Medical and sanitary report on the native army of Bombay for the year
Year: 1878
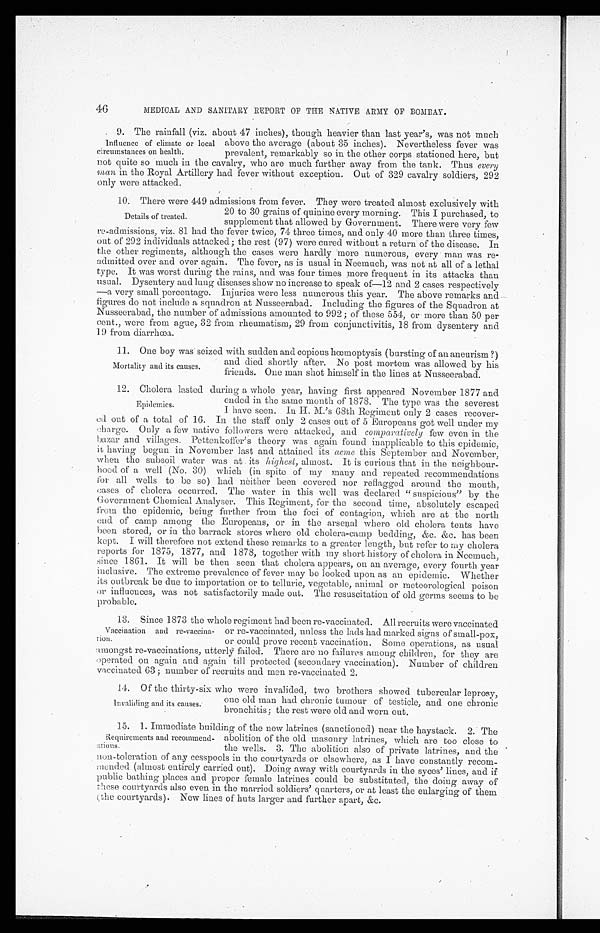
46
MEDICAL AND SANITARY REPORT OF THE NATIVE ARMY OF BOMBAY.
9. The rainfall (viz, about 47 inches), though heavier than last year's, was not much
above the average (about 35 inches). Nevertheless fever was
prevalent, remarkably so in the other corps stationed here, but
not quite so much in the cavalry, who are much further away from the tank. Thus every
man in the Royal Artillery had fever without exception. Out of 329 cavalry soldiers, 292
only were attacked.
10.
There were 449 admissions from fever. They were treated almost exclusively with
20 to 30 grains of quinine every morning. This I purchased, to
supplement that allowed by Government. There were very few
re-admissions, viz. 81 had the fever twice, 74 three times, and only 40 more than three times,
out of 292 individuals attacked; the rest (97) were cured without a return of the disease. In
the other regiments, although the cases were hardly more numerous, every man was re-
admitted over and over again. The fever, as is usual in Neemuch, was not at all of a lethal
type. It was worst during the rains, and was four times more frequent in its attacks than
usual. Dysentery and lung diseases show no increase to speak of—12 and 2 cases respectively
—a very small percentage. Injuries were less numerous this year. The above remarks and
figures do not include a squadron at Nusseerabad. Including the figures of the Squadron at
Nusseerabad, the number of admissions amounted to 992 ; of these 554, or more than 50 per
cent., were from ague, 32 from rheumatism, 29 from conjunctivitis, 18 from dysentery and
19 from diarrhœa.
11.
One boy was seized with sudden and copious hœmoptysis (bursting of an aneurism ?)
Influence of climate or local
circumstances on health.
Details of treated.
Mortality and its causes.
and died shortly after. No post mortem was allowed by his
friends. One man shot himself in the lines at Nusseerabad.
12.
Cholera lasted during a whole year, having first appeared November 1877 and
Epidemics.
ed out of a total of 16. In the staff only 2 cases out of 5 Europeans got well under my
charge. Only a few native followers were attacked, and comparatively few even in the
bazar and villages. Pettenkoffer's theory was again found inapplicable to this epidemic,
it having begun in November last and attained its acme this September and November,
when the subsoil water was at its highest, almost. It is curious that in the neighbour-
hood of a well (No. 30) which (in spite of my many and repeated recommendations
for all wells to be so) had neither been covered nor reflagged around the mouth,
cases of cholera occurred. The water in this well was declared " suspicious" by the
Government Chemical Analyser. This Regiment, for the second time, absolutely escaped
from the epidemic, being further from the foci of contagion, which are at the north
end of camp among the Europeans, or in the arsenal where old cholera tents have
been stored, or in the barrack stores where old cholera-camp bedding, &c. &c. has been
kept. I will therefore not extend these remarks to a greater length, but refer to my cholera
reports for 1875, 1877, and 1878, together with my short history of cholera in Neemuch,
since 1861. It will be then seen that cholera appears, on an average, every fourth year
inclusive. The extreme prevalence of fever may be looked upon as an epidemic. Whether
its outbreak be due to importation or to telluric, vegetable, animal or meteorological poison
or influences, was not satisfactorily made out. The resuscitation of old germs seems to be
probable.
13.
Since 1873 the whole regiment had been re-vaccinated. All recruits were vaccinated
or re-vaccinated, unless the lads had marked signs of small-pox,
or could prove recent vaccination. Some operations, as usual
amongst re-vaccinations, utterly failed. There are no failures among children, for they are
operated on again and again till protected (secondary vaccination). Number of children
vaccinated 63 ; number of recruits and men re-vaccinated 2.
14.
Of the thirty-six who were invalided, two brothers showed tubercular leprosy,
one old man had chronic tumour of testicle, and one chronic
bronchitis; the rest were old and worn out.
15.
1. Immediate building of the new latrines (sanctioned) near the haystack. 2. The
abolition of the old masonry latrines, which are too close to
the wells. 3. The abolition also of private latrines, and the
non-toleration of any cesspools in the courtyards or elsewhere, as I have constantly recom-
mended (almost entirely carried out). Doing away with courtyards in the syces' lines, and
if public bathing places and proper female latrines could be substituted, the doing away of
these courtyards also even in the married soldiers' quarters, or at least the enlarging of them
(the courtyards). New lines of huts larger and further apart, &c.
ended in the same month of 1878. The type was the severest
I have seen. In H. M.'s 68th Regiment only 2 cases recover-
Vaccination and re-vaccina-
tion.
Invaliding and its causes.
Requirements and recommendations.